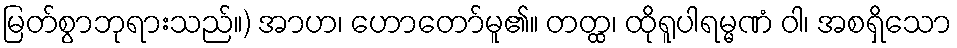
မြတ်စွာဘုရားသည်။) အာဟ၊ ဟောတော်မူ၏။ တတ္ထ၊ ထိုရူပါရမ္မဏံ ဝါ၊ အစရှိသော